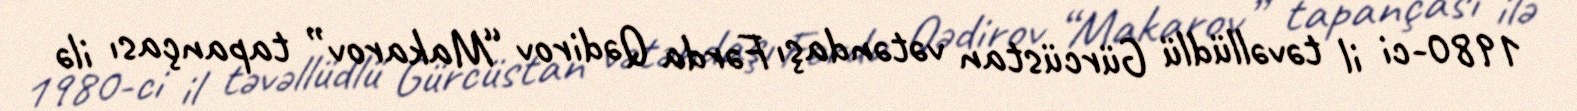
1980-ci il təvəllüdlü Gürcüstan vətəndaşı Fərda Qədirov “Makarov” tapançası ilə